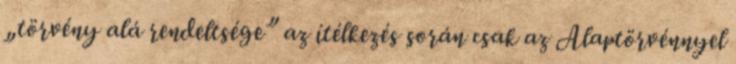
„törvény alá rendeltsége” az ítélkezés során csak az Alaptörvénnyel